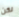
لكن